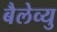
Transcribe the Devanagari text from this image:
बैलेव्यु